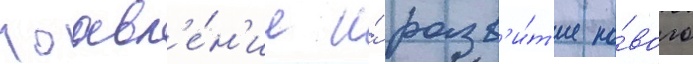
поавл'е́н'ие и́ разв'и́т'ие но́вого